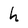
Character: h